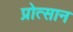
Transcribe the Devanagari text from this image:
प्रोत्सान